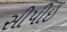
સીપીઈ